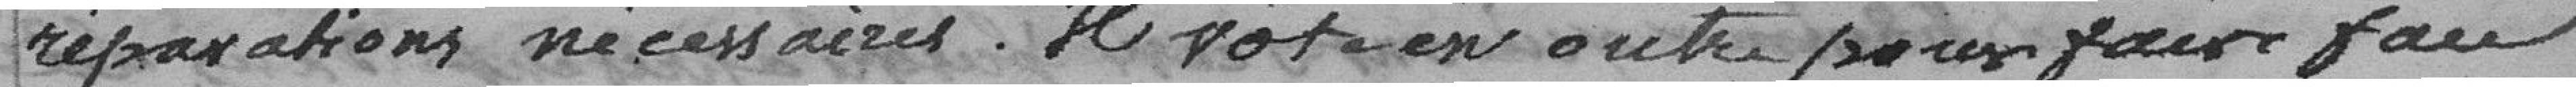
réparations nécessaires. Il vote en outre pour faire face